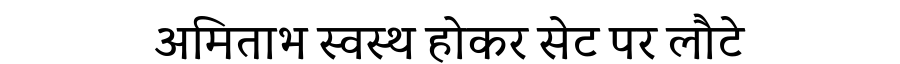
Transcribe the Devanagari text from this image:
अमिताभ स्वस्थ होकर सेट पर लौटे